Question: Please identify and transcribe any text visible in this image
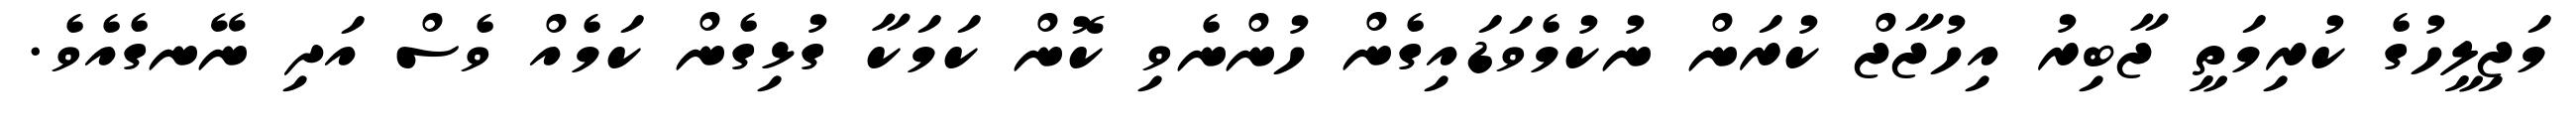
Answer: މަޖިލީހުގެ ކުރިމަތީ ޖާބިރު އިހުޖާޖް ކުރަން ނުކުމެވަޑައިގެން ހުންނެވި ކޮން ކަމަކާ ގުޅިގެން ކަމެއް ވެސް އަދި ނޭނގެއެވެ.